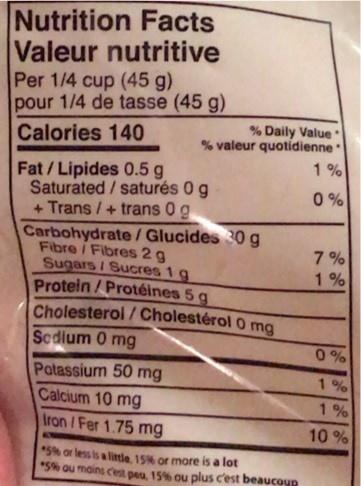
Nutrition Facts Valeur nutritive Per 1/4 cup (45 g) pour 1/4 de tasse (45 g) Calories 140
% Daily Value % valeur quotidienne 1%
Fat/Lipides 0.5 g Saturated / saturés 0 g + Trans / + trans 0g
0 %
Carbohydrate / Glucides 30 g Fibre / Fibres 2 g Sugars / Sucres 1 g Protein /Protéines 5 g
7 %
1%
Cholesterol / Cholestérol 0 ma Scdium 0 mg
0%
Potassium 50 mg Calcium 10 mg
1% 1%
Iron /Fer 1.75 mg
10 %
*5% or less is a little. 15% or more is a lot *5% au moins cest pea, 15% ou plus c'est beaucoup